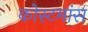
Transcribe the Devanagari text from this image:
कोस्टमांस